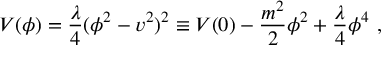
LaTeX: V ( \phi ) = { \frac { \lambda } { 4 } } ( \phi ^ { 2 } - { v } ^ { 2 } ) ^ { 2 } \equiv V ( 0 ) - { \frac { m ^ { 2 } } { 2 } } \phi ^ { 2 } + { \frac { \lambda } { 4 } } \phi ^ { 4 } \ ,